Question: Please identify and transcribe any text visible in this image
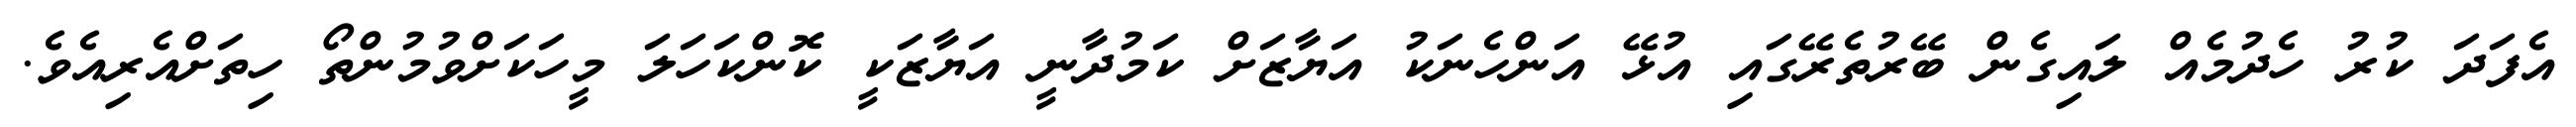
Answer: އެފަދަ ކުރު ހެދުމެއް ލައިގެން ބޭރުތެރޭގައި އުޅޭ އަންހެނަކު އަޔާޒަށް ކަމުދާނީ އަޔާޒަކީ ކޮންކަހަލަ މީހަކަށްވުމުންތޯ ހިތަށްއެރިއެވެ.